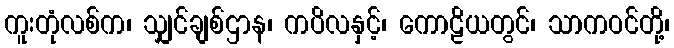
ကူးတုံလစ်က၊ သျှင်ချစ်ဌာန၊ ကပိလနှင့်၊ ကောဠိယတွင်၊ သာကဝင်တို့၊